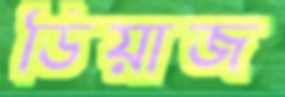
ডিয়াজ